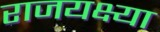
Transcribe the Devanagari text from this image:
राजयक्ष्या